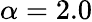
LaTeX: \alpha=2.0